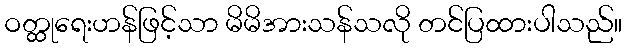
ဝတ္ထုရေးဟန်ဖြင့်သာ မိမိအားသန်သလို တင်ပြထားပါသည်။